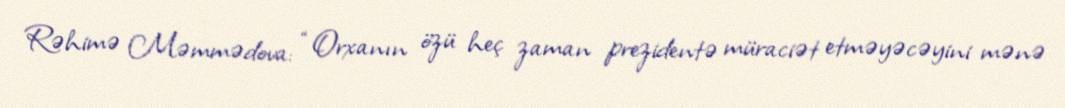
Rəhimə Məmmədova: “Orxanın özü heç zaman prezidentə müraciət etməyəcəyini mənə